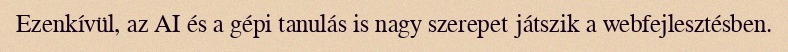
Ezenkívül, az AI és a gépi tanulás is nagy szerepet játszik a webfejlesztésben.